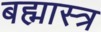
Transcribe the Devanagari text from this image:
बह्मास्त्र